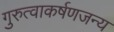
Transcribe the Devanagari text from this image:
गुरुत्वाकर्षणजन्य